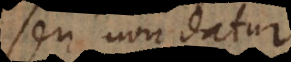
seu non datur.